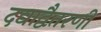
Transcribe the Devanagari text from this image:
दद्याद्वैतरणीं